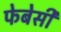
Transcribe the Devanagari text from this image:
फेबेसी